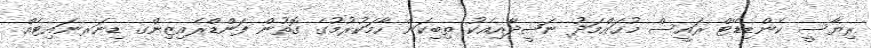
ރިޔާސީ ކެންޑިޑޭޓް ރައީސް މުޙައްމަދު ނަޝީދާއިއެކު ތިބިކަން ހާމަކުރުމުގެ ގޮތުން ފަންޑްރެއިޒިންގ ޑިނަރނައިޓެއް